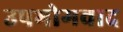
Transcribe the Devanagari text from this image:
उपभोगवाद